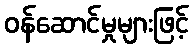
ဝန်ဆောင်မှုများဖြင့်